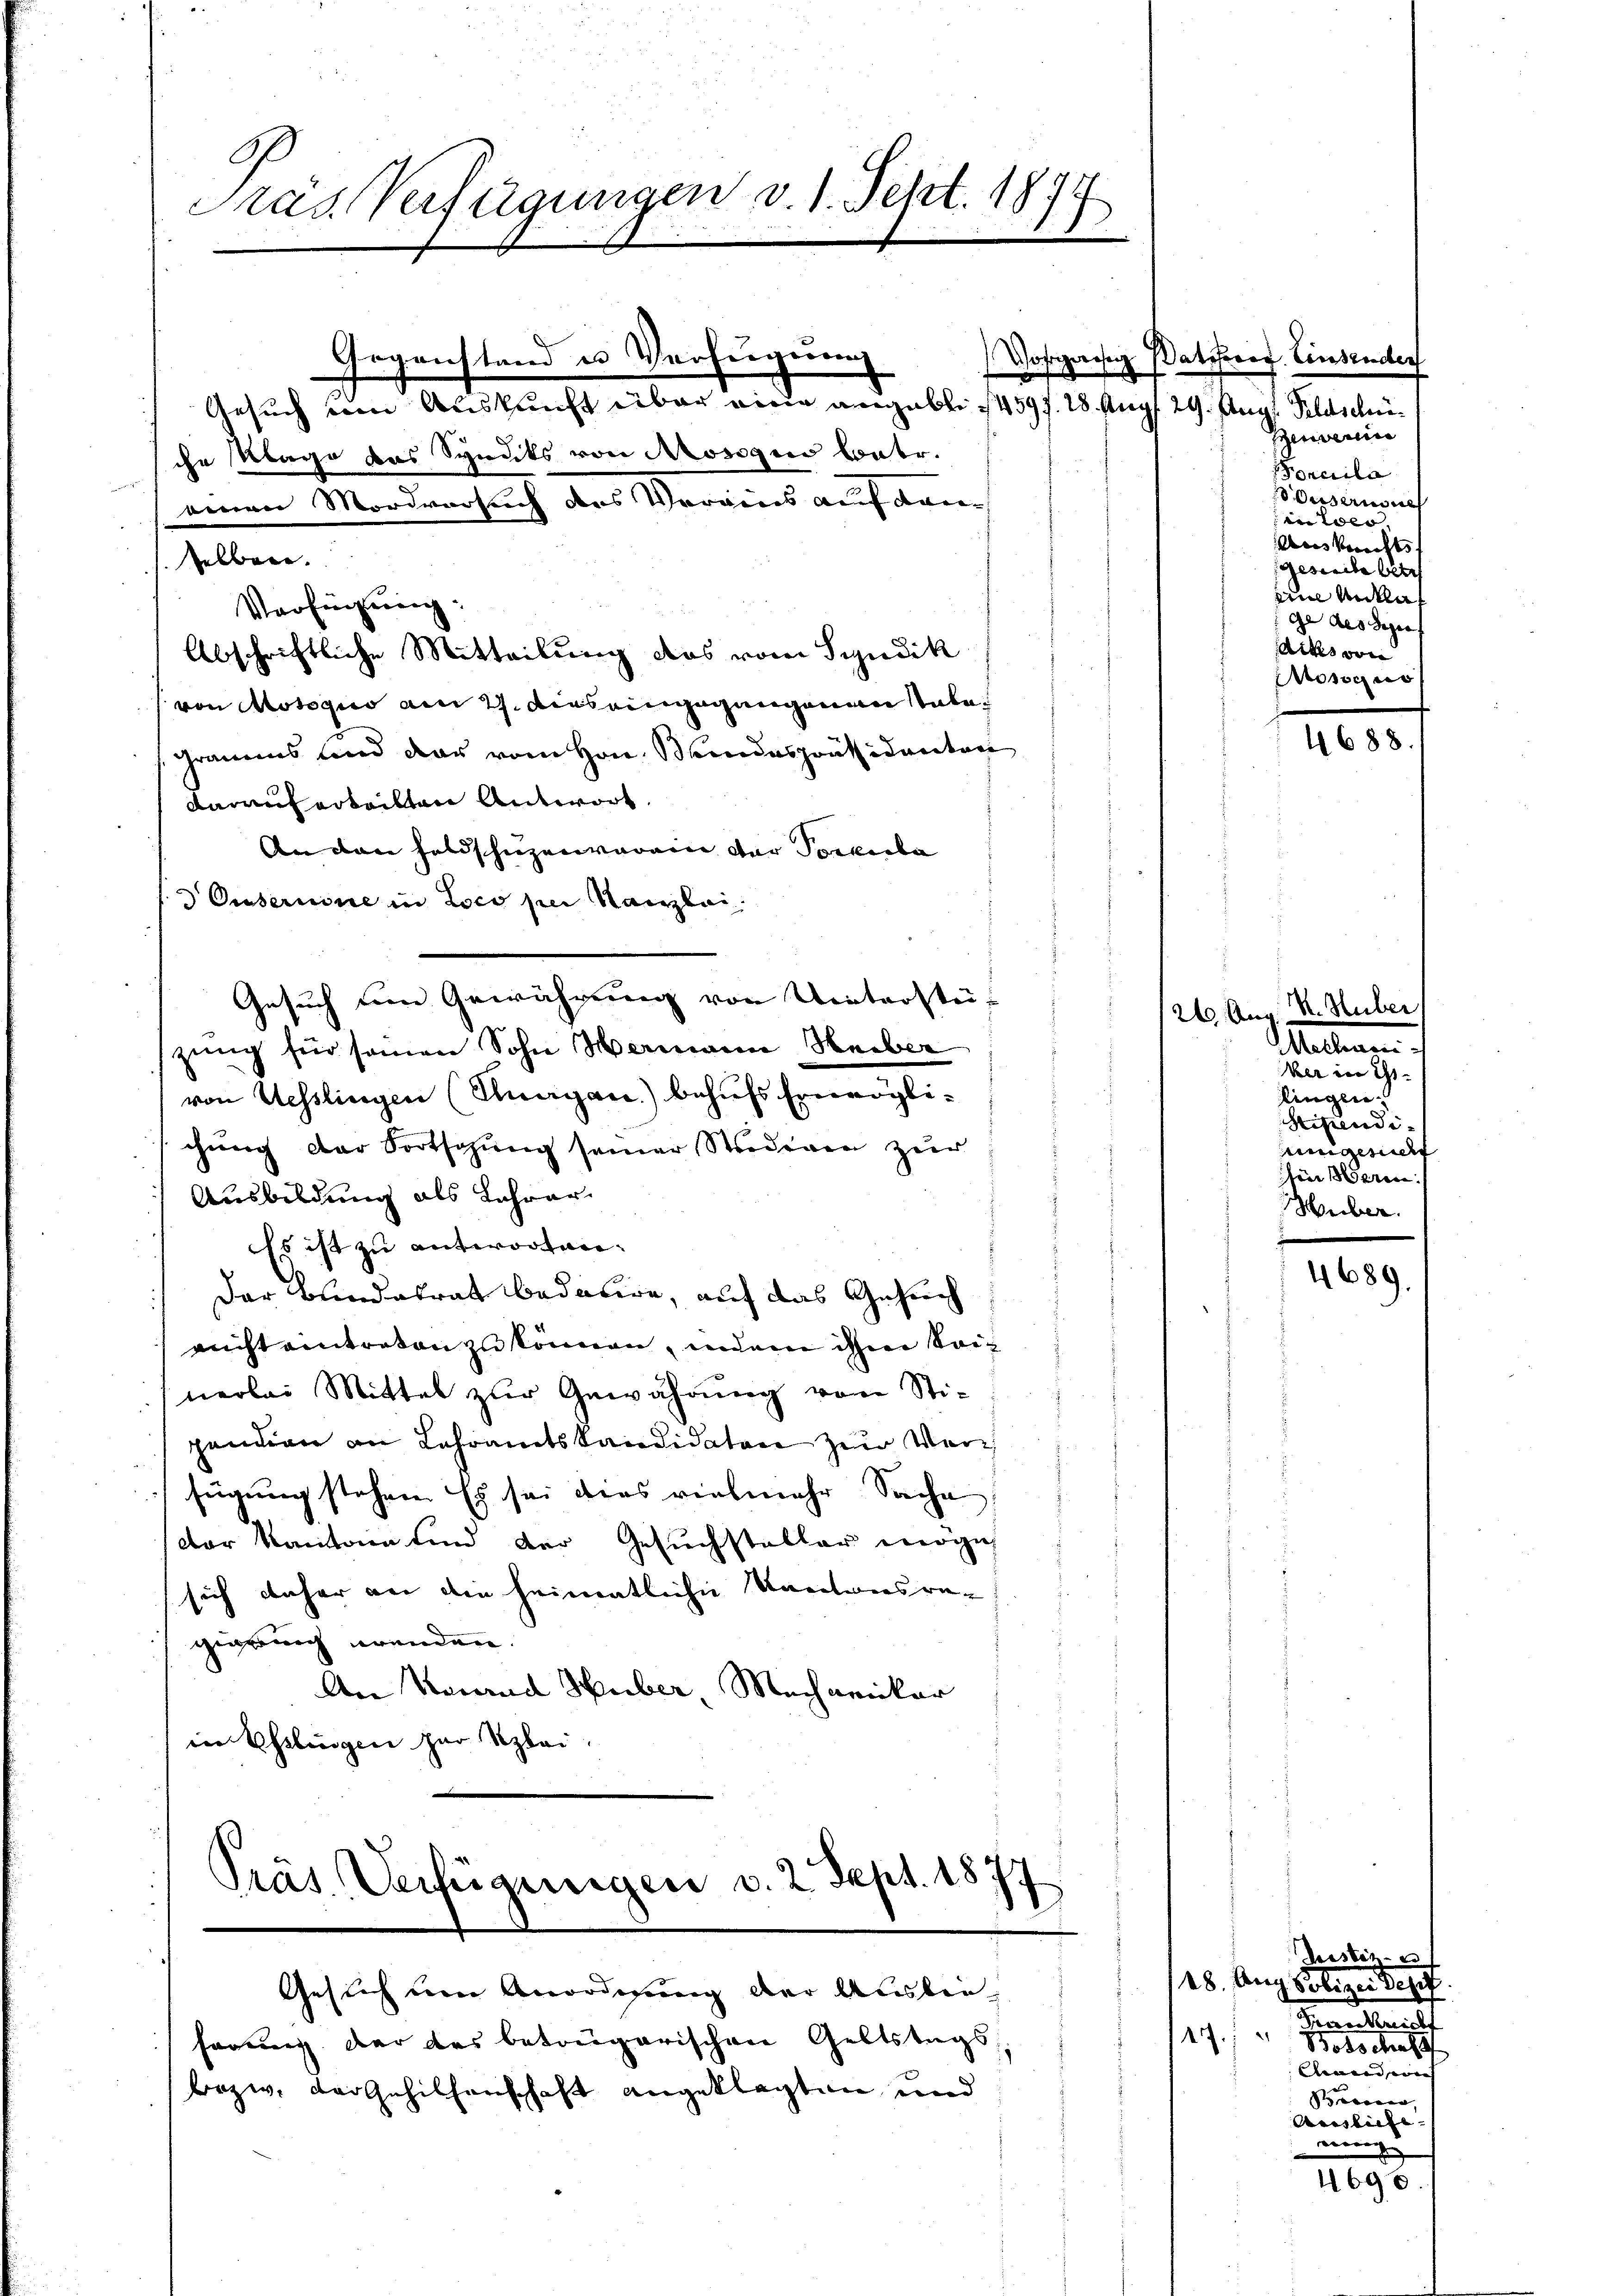
Cras Verfügungen v. 1. Sept. 1879

Verfügung:
von Motorio ain 2. dies eingegangenen tabe¬
Grauens und dar vom Hrn. Bundespräsidenten
damit erteilten Antwort
An den Feldschuzen verain der Porkula
deuseruine in Loco sie Kanzlei
Gesuch um Gewährung von Nieterstezung für seien Sohn Hermann Heiber
von Uesslingen (Thurgau) behufs Ermöglichung der Fortschung seiner Studiren zur
Ausbildung als Jahrer
Es ist zu antwortan¬
Der Bundesrat bedauere, auf das Gesich
nicht eintreten zu können, indem ihne Sac
nerlei Mittel zur Gewährung von Sti-
pendien an Lehramtskandidaten zur Verh
fügung stehen. Es sei dies vielmehr Sache
dor Kantone sind der Gesuchsteller möge
sich daher an die heimatliche Kantonsregegreich wenden.
An Verand Huber, Mechaniker
in Esslingen zur Szlei.

Gegenstand in Verfügerung
Gesuch um Auskunft über eine angeblic 459 f. 28. Aug
che Klage das Symits von Mosogen betr.
einen Mordversuch des Vorwies auf dem

selber.

Abschriftliche Mitteilung das vom Syndik

herung der das betrugarischen Geltstags¬
bezw. der Gehilfenschaft angeklagten und

Wosonzwesen

Präs. Verfügungen v. 2. Sept. 1877
Gesich um Anordnung der Ausber¬

Batsord. Einsenden
29. Aug. Feldschri
Senserin
orcila
ousernsich
n ideo |
Aus Berichts |
Gesich betr
eine Miklich
ge des Segen |
Aidis von
Moscus

26. Aug

17.

4688

S. Huber
Mechanic
ber in G
lingen.
Stipendieingesucht
ün erin
Huber.

4689

Destiz- u
28. Aug. Polizei der
Frankreicht
2
Botschaf
lenen eine
Seren,
Ausliche |
ei |

69